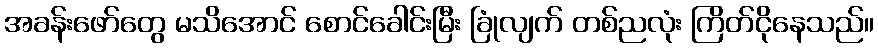
အခန်းဖော်တွေ မသိအောင် စောင်ခေါင်းမြီး ခြုံလျက် တစ်ညလုံး ကြိတ်ငိုနေသည်။